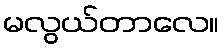
မလွယ်တာလေ။